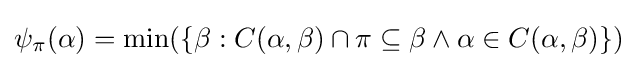
\psi _{\pi }(\alpha )=\min(\{\beta :C(\alpha ,\beta )\cap \pi \subseteq \beta \land \alpha \in C(\alpha ,\beta )\})